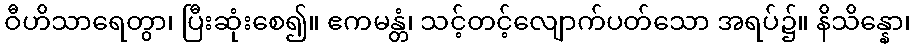
ဝီဟိသာရေတွာ၊ ပြီးဆုံးစေ၍။ ဧကမန္တံ၊ သင့်တင့်လျောက်ပတ်သော အရပ်၌။ နိသိန္နော၊